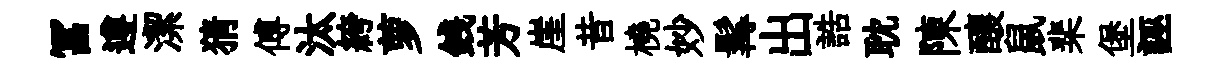
冨遵潔猜傅汰絝萝銭芳崖昔橈妙髯出誥耽陳釀鼠棐堡誣